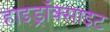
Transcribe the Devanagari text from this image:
हाइड्रॉक्साइट